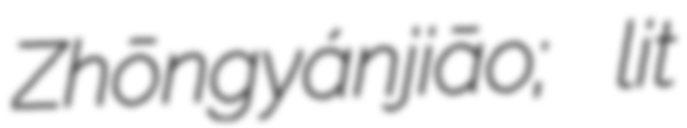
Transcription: Zhōngyánjiāo; lit